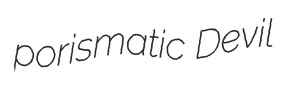
porismatic Devil